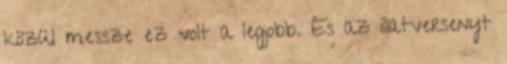
közül messze ez volt a legjobb. És az illatversenyt